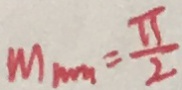
M _ { \min } = \frac { \pi } { 2 }